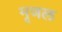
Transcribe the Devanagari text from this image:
मृणल